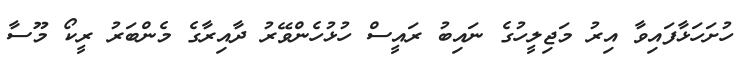
ހުށަހަޅާފައިވާ އިރު މަޖިލީހުގެ ނައިބު ރައީސް ހުޅުހެންވޭރު ދާއިރާގެ މެންބަރު ރީކޯ މޫސާ